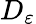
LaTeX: D_{\varepsilon}